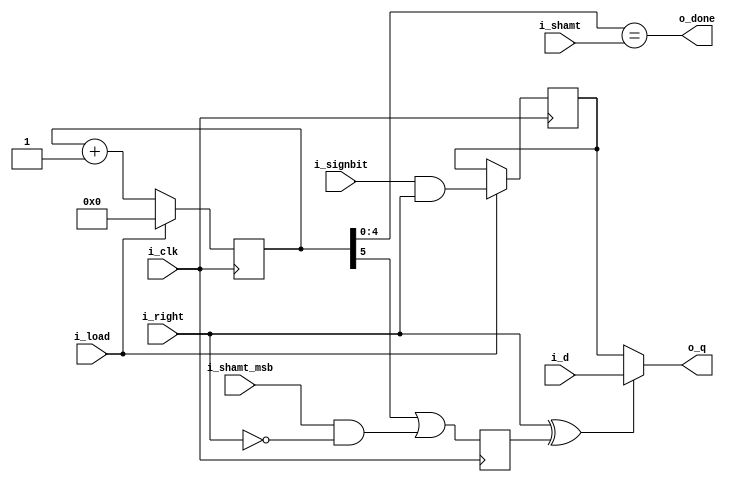
`default_nettype none
module serv_shift
  (
   input wire 	    i_clk,
   input wire 	    i_load,
   input wire [4:0] i_shamt,
   input wire 	    i_shamt_msb,
   input wire 	    i_signbit,
   input wire 	    i_right,
   output wire 	    o_done,
   input wire 	    i_d,
   output wire 	    o_q);

   reg 		    signbit;
   reg [5:0] 	    cnt;
   reg 		    wrapped;

   always @(posedge i_clk) begin
      cnt <= cnt + 6'd1;
      if (i_load) begin
         cnt <= 6'd0;
	 signbit <= i_signbit & i_right;
      end
      wrapped <= cnt[5] | (i_shamt_msb & !i_right);
   end

   assign o_done = (cnt[4:0] == i_shamt);
   assign o_q = (i_right^wrapped) ? i_d : signbit;

endmodule